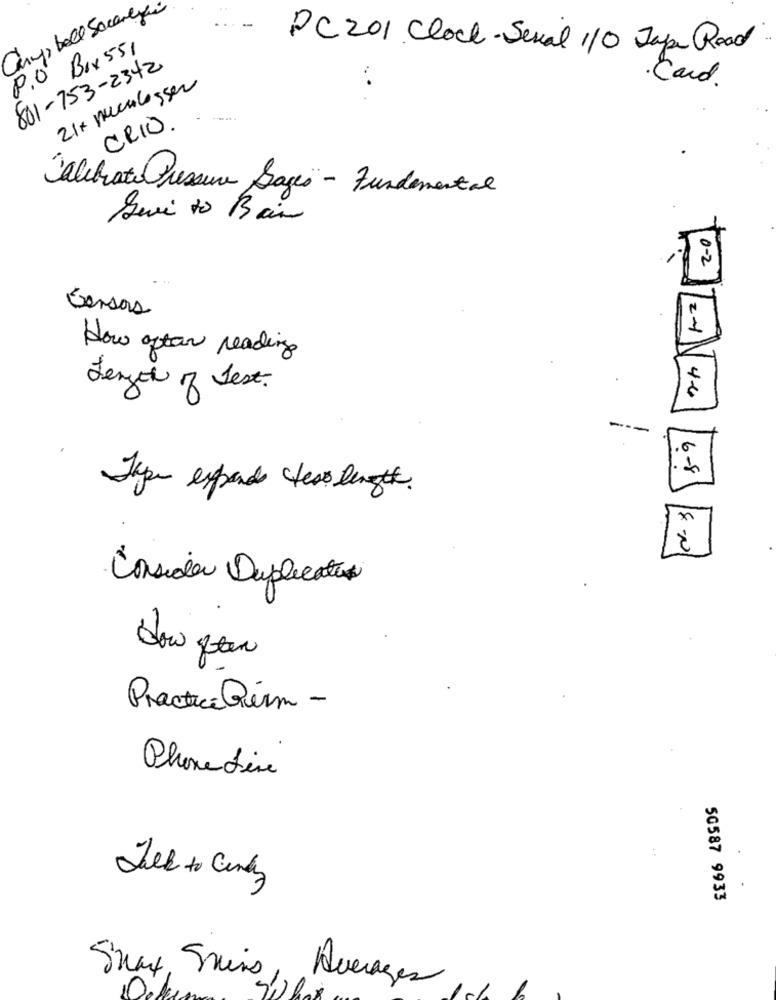
Cary, bell Sacarlyon
P.O Bix 551
PC 201 Clock- Serial 110 Jape Road
801-753-2342
21+ Mecklasser
Card.
---- 4
CRIO.
Calibrate Pressure Sages - Fundemental
Sevi to Bain
0-2
Gersas
1
How after reading
Length of Test.
4-6
----
6-8
Jape expand less length.
Consider Duplicato
Practice Quem -
Phone Line
Talk to Candy
50587 9933
Smax, Siis, Averages